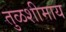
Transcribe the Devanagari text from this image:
तुळशीमाय